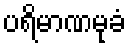
ပရိမာဏမုခံ